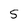
Character: 5